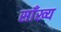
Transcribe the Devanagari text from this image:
साँख्य